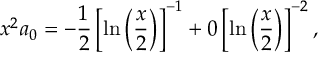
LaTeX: x ^ { 2 } a _ { 0 } = - \displaystyle \frac { 1 } { 2 } \left[ \ln \left( \displaystyle \frac { x } { 2 } \right) \right] ^ { - 1 } + 0 \left[ \ln \left( \displaystyle \frac { x } { 2 } \right) \right] ^ { - 2 } ,